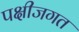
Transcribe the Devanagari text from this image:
पक्षीजगत